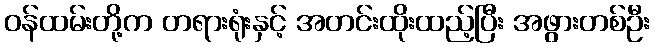
ဝန်ထမ်းတို့က တရားရုံးနှင့် အတင်းထိုးထည့်ပြီး အဖွားတစ်ဦး